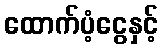
ထောက်ပံ့ငွေနှင့်